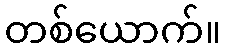
တစ်ယောက်။